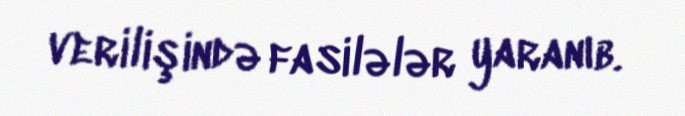
verilişində fasilələr yaranıb.